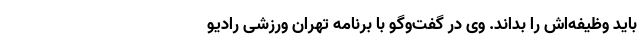
باید وظیفه‌اش را بداند. وی در گفت‌وگو با برنامه تهران ورزشی رادیو